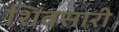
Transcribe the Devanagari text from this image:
शिवसारी